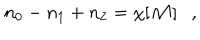
LaTeX: n _ { 0 } - n _ { 1 } + n _ { 2 } = \chi [ { \cal M } ] ,